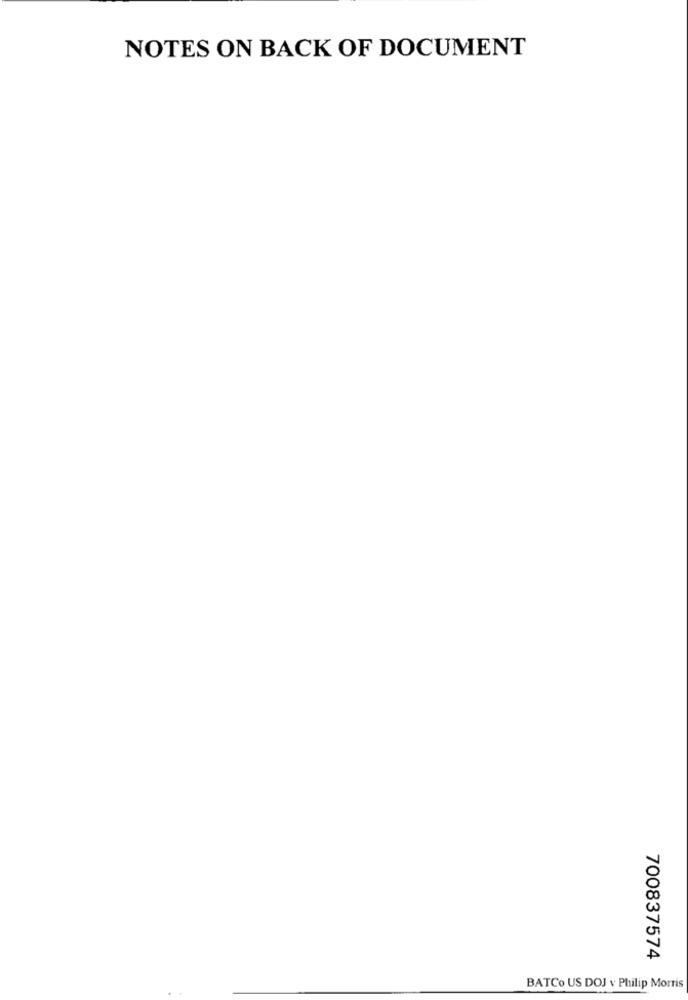
NOTES ON BACK OF DOCUMENT
700837574
BATCo US DOJ v Philip Morris